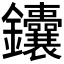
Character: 𬬥